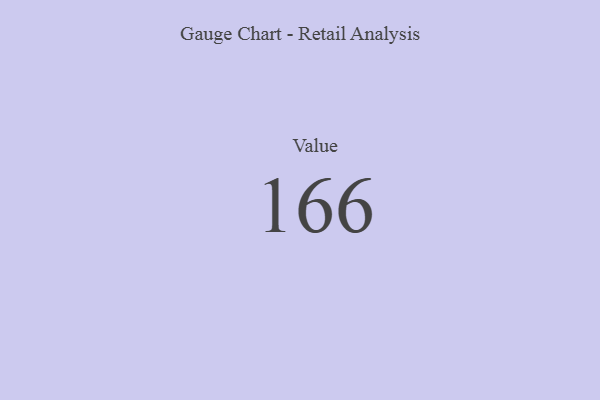
{"axis": {"x": "Metric", "y": "Value"}, "legend": [""], "data": [{"x": "Value", "y": 166, "type": ""}]}